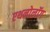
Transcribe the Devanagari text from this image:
एथनोलॉग